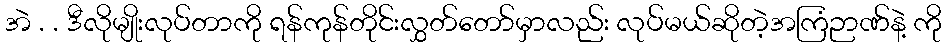
အဲ . . ဒီလိုမျိုးလုပ်တာကို ရန်ကုန်တိုင်းလွှတ်တော်မှာလည်း လုပ်မယ်ဆိုတဲ့အကြံဉာဏ်နဲ့ ကို